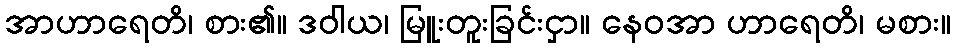
အာဟာရေတိ၊ စား၏။ ဒဝါယ၊ မြူးတူးခြင်းငှာ။ နေဝအာ ဟာရေတိ၊ မစား။